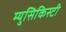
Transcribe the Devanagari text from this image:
म्युसिकिस्टी